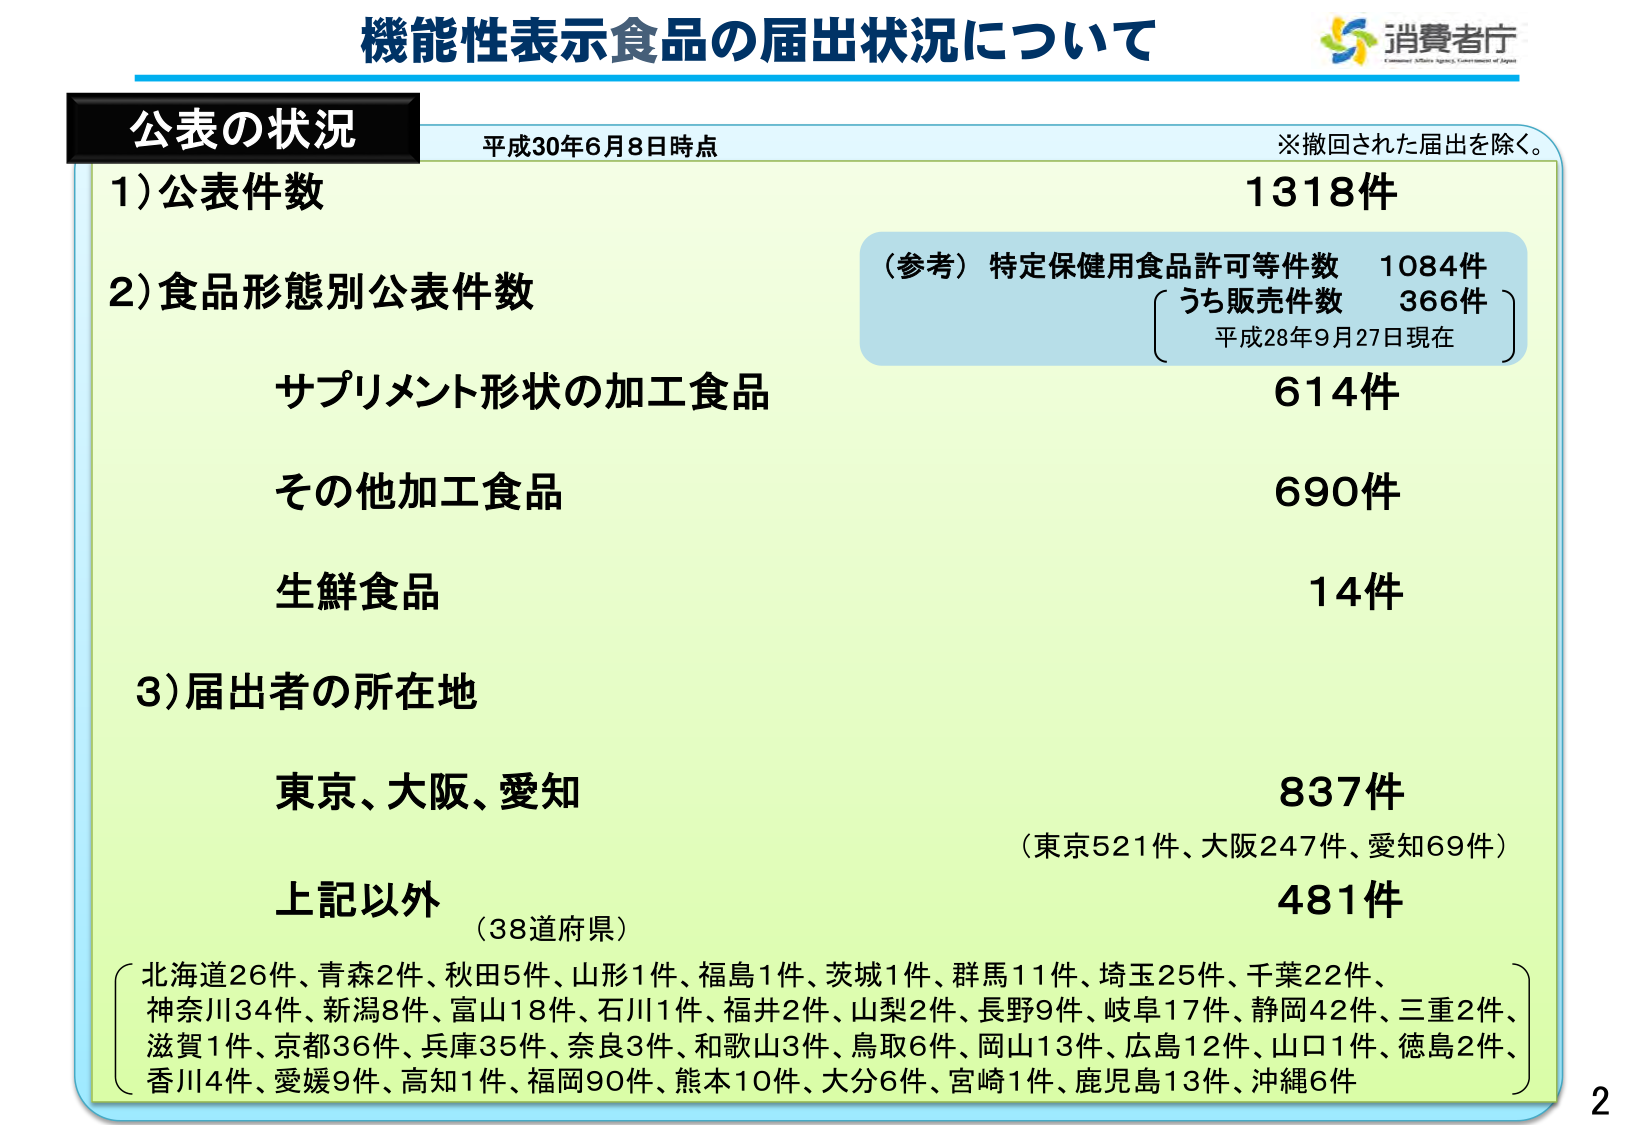
機能性表示食品の届出状況について
消費者庁
公表の状況
平成30年6月8日時点
※撤回された届出を除く。

1) 公表件数
1318件

2) 食品形態別公表件数
サプリメント形状の加工食品
614件
その他加工食品
690件
生鮮食品
14件

（参考）特定保健用食品許可等件数 1084件
　　うち販売件数 366件
　　平成28年9月27日現在

3) 届出者の所在地
東京、大阪、愛知
837件
（東京521件、大阪247件、愛知69件）
上記以外
481件
（38道府県）
北海道26件、青森2件、秋田5件、山形1件、福島1件、茨城1件、群馬11件、埼玉25件、千葉22件、
神奈川34件、新潟8件、富山18件、石川1件、福井2件、山梨2件、長野9件、岐阜17件、静岡42件、三重2件、
滋賀1件、京都36件、兵庫35件、奈良3件、和歌山3件、鳥取6件、岡山13件、広島12件、山口1件、徳島2件、
香川4件、愛媛9件、高知1件、福岡90件、熊本10件、大分6件、宮崎1件、鹿児島13件、沖縄6件

2